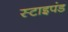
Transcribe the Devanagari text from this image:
स्टाइपंड